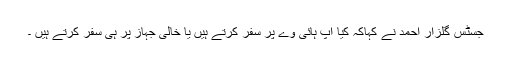
جسٹس گلزار احمد نے کہاکہ کیا آپ ہائی وے پر سفر کرتے ہیں یا خالی جہاز پر ہی سفر کرتے ہیں ۔